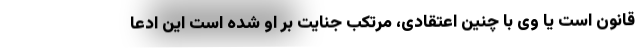
قانون است یا وی با چنین اعتقادی، مرتکب جنایت بر او شده است این ادعا